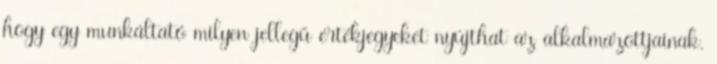
hogy egy munkáltató milyen jellegű értékjegyeket nyújthat az alkalmazottjainak.